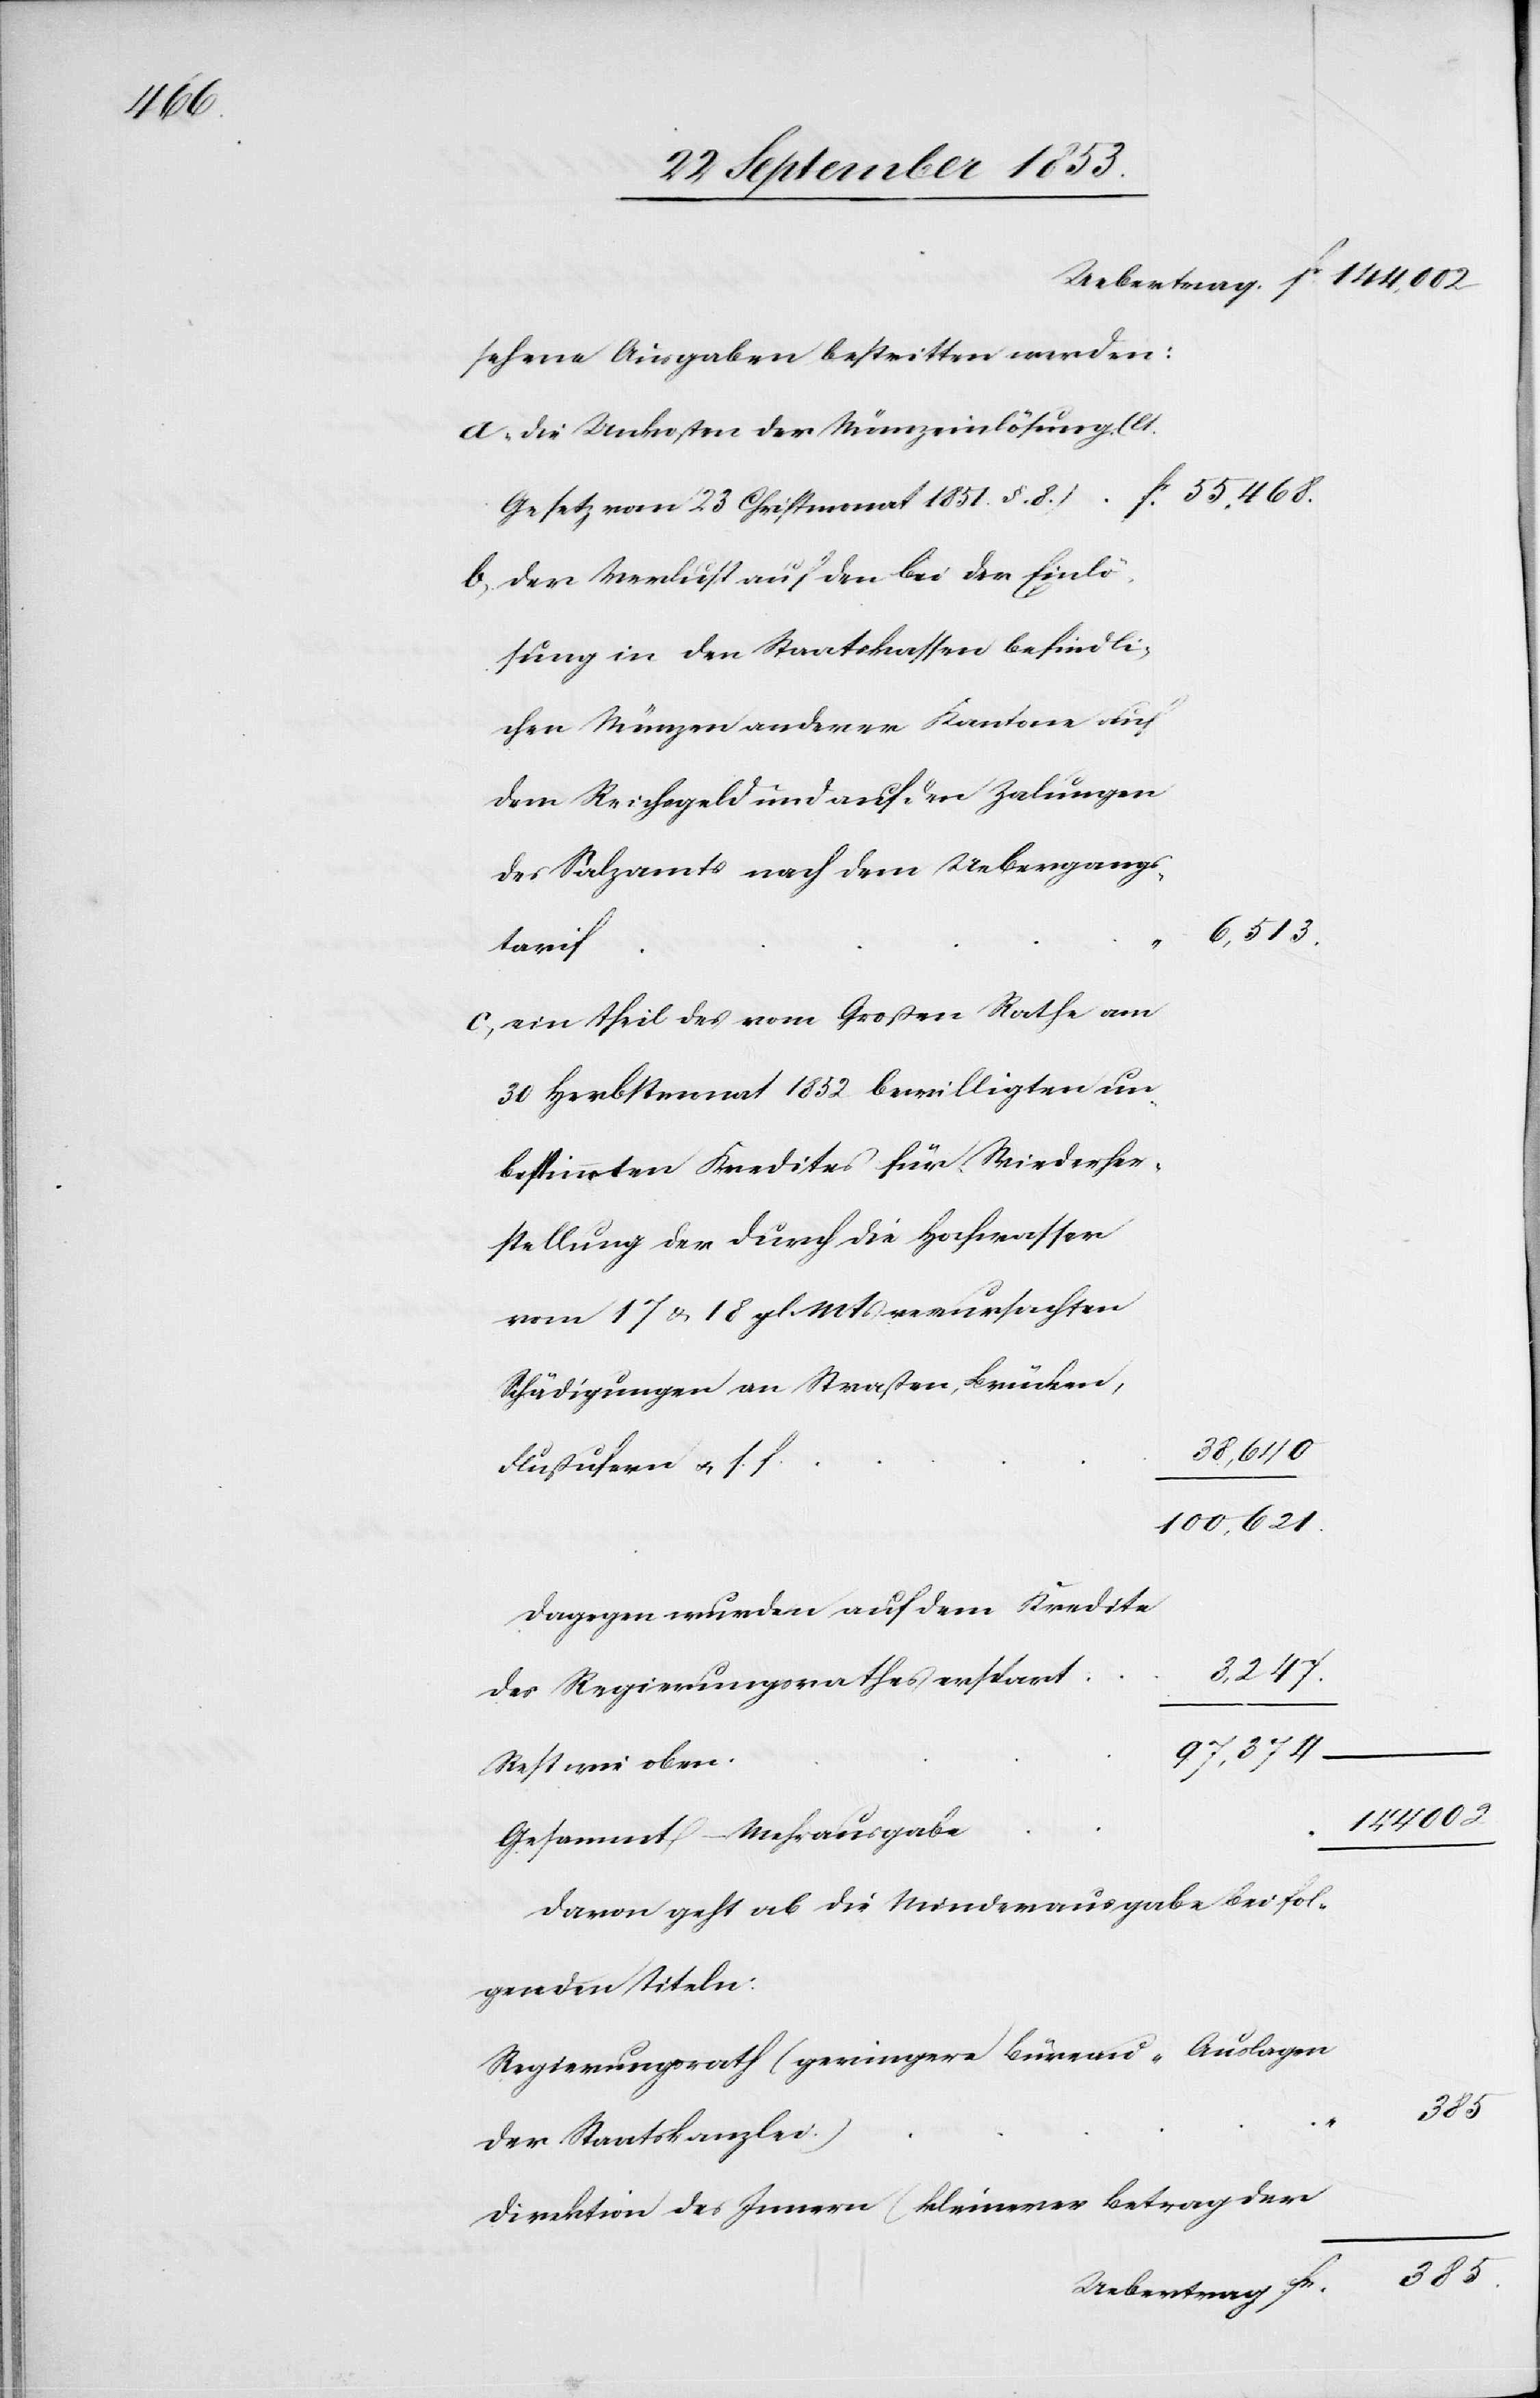
Uebertrag fr. 144,002
sehene Ausgaben bestritten werden:
a, die Unkosten der Märzeinlösung (lt.
fr. 55,468
Gesetz vom 23 Christmonat 1851 § 8).
b, der Verlust auf den bei der Einlö¬
sung in den Staatskassen befindli¬
chen Münzen anderer Kantone auf
dem Reichsgeld und auf den Zalungen
des Salzamts nach dem Uebergangs¬
6,513
tarif.
c, ein Theil des vom Großen Rathe am
30 Herbstmonat 1852 bewilligten un¬
bestimmten Kredites für Wiederher¬
stellung der durch die Hochwasser
vom 17 u. 18 gl. Mts. verursachten
Schädigungen an Straßen, Brücken,
38,640
Flußufern u. s. f.
100,621
Dagegen wurden auf dem Kredite
des Regierungsrathes erspart
97,374
Rest wie oben
144002
Gesammtmehrausgabe
Davon geht ab die Minderausgabe beif fol¬
genden Titeln:
Regierungsrath (geringere Büreau-Auslagen
385
der Staatskanzlei)
Direktion des Innern (kleinerer Betrag der